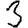
Digit: 3